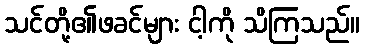
သင်တို့၏ဖခင်များ ငါ့ကို သိကြသည်။